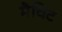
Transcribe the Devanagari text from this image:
मैचिट